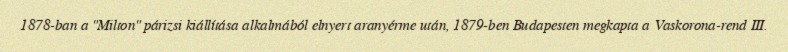
1878-ban a "Milton" párizsi kiállítása alkalmából elnyert aranyérme után, 1879-ben Budapesten megkapta a Vaskorona-rend III.